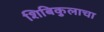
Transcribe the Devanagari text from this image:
शिबिकुलाचा